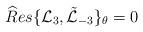
LaTeX: \begin{align*}{\widehat Res}\{ {\mathcal L }_{3}, \tilde {\mathcal L}_{-3}\}_{\theta}=0\end{align*}